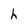
Character: h